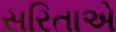
સરિતાએ